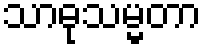
သာဓုသမ္မတာ